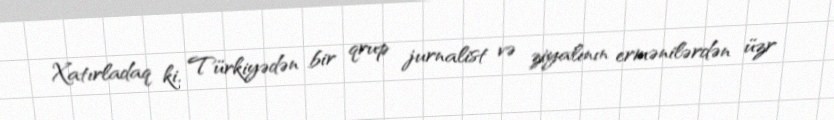
Xatırladaq ki, Türkiyədən bir qrup jurnalist və ziyalının ermənilərdən üzr